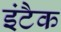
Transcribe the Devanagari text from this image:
इंटैक